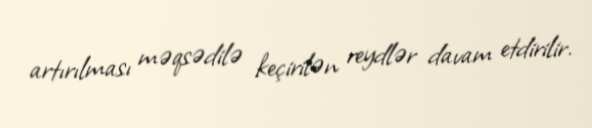
artırılması məqsədilə keçirilən reydlər davam etdirilir.